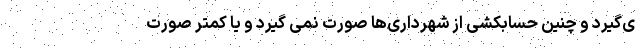
ی‌گیرد و چنین حسابکشی از شهرداری‌ها صورت نمی گیرد و یا کمتر صورت